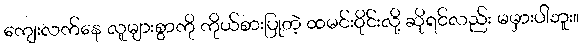
ကျေးလက်နေ လူများစွာကို ကိုယ်စားပြုတဲ့ ထမင်းဝိုင်းလို့ ဆိုရင်လည်း မမှားပါဘူး။